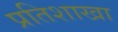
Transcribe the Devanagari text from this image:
प्रतिशाखा